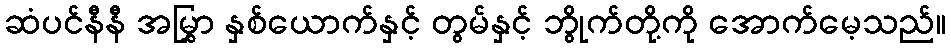
ဆံပင်နီနီ အမြွှာ နှစ်ယောက်နှင့် တွမ်နှင့် ဘွိုက်တို့ကို အောက်မေ့သည်။